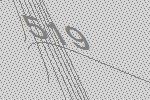
519